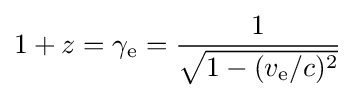
1+z=\gamma _{\text{e}}={\frac {1}{\sqrt {1-(v_{\text{e}}/c)^{2}}}}